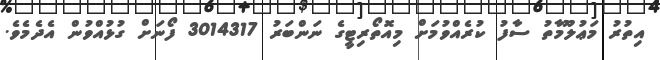
އިތުރު މަޢުލޫމާތު ސާފު ކުރެއްވުމަށް މިއޮތޯރިޓީގެ ނަންބަރު 3014317 ފޯނަށް ގުޅުއްވުން އެދެމެވެ.